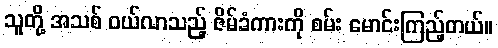
သူတို့ အသစ် ဝယ်လာသည့် ဇိမ်ခံကားကို စမ်း မောင်းကြည့်တယ်။